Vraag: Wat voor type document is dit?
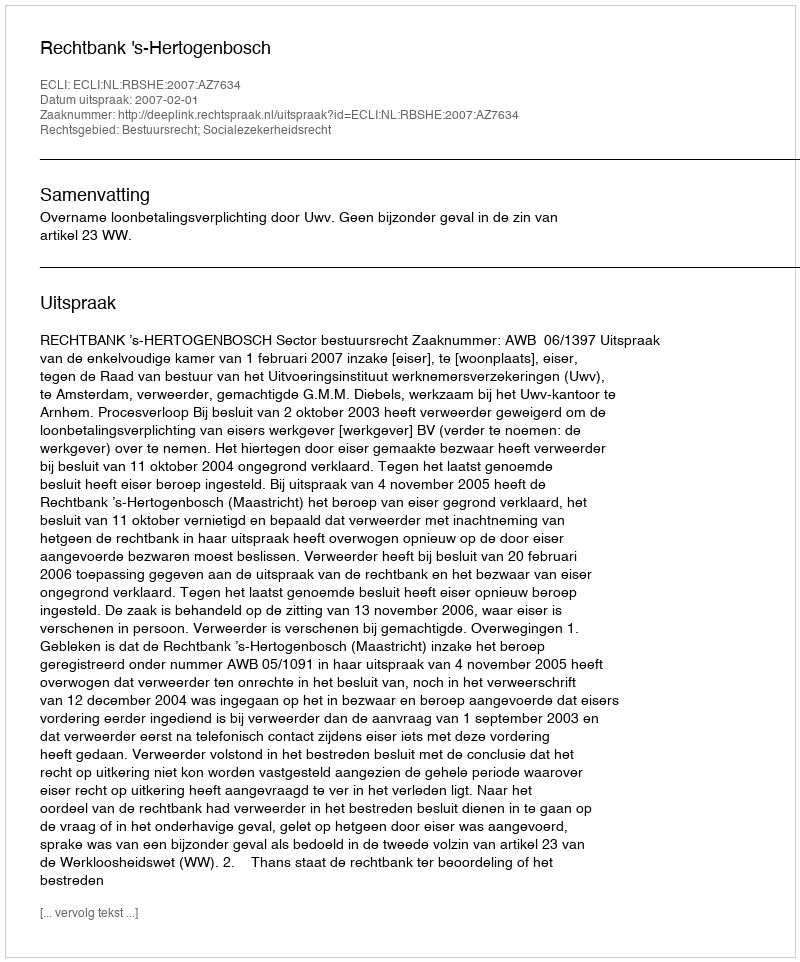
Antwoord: Uitspraak